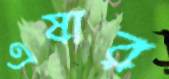
এষার